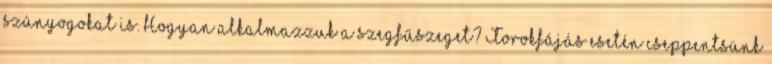
szúnyogokat is. Hogyan alkalmazzuk a szegfűszeget? Torokfájás esetén cseppentsünk